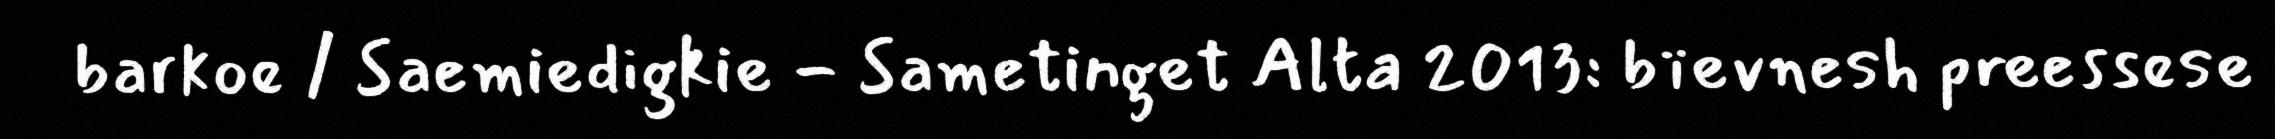
barkoe / Saemiedigkie - Sametinget Alta 2013: bïevnesh preessese